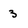
Character: 3